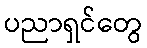
ပညာရှင်တွေ